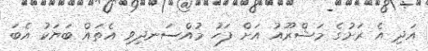
އަދި އެ ރަށުގެ މަޝްރޫއު އަށް ފަހު މުއްސަނދިވި އެތައް ބަޔަކު އެބަ